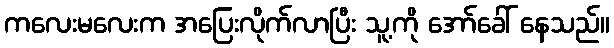
ကလေးမလေးက အပြေးလိုက်လာပြီး သူ့ကို အော်ခေါ် နေသည်။